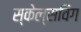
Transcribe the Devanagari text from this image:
स्केल्सविग